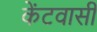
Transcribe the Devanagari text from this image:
केंटवासी